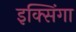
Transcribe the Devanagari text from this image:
इक्सिंगा